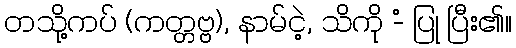
တသို့ကပ် (ကတ္တဗ္ဗ), နာမ်ငဲ့, သိကို -ံ ပြု ပြီး၏။